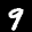
Label: 9